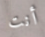
أنت